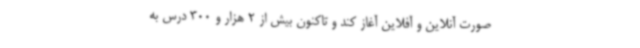
صورت آنلاین و آفلاین آغاز کند و تاکنون بیش از 2 هزار و 300 درس به